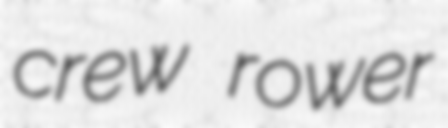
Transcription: crew rower